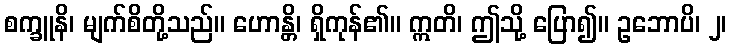
စက္ခူနိ၊ မျက်စိတို့သည်။ ဟောန္တိ၊ ရှိကုန်၏။ ဣတိ၊ ဤသို့ ပြော၍။ ဥဘောပိ၊ ၂၊